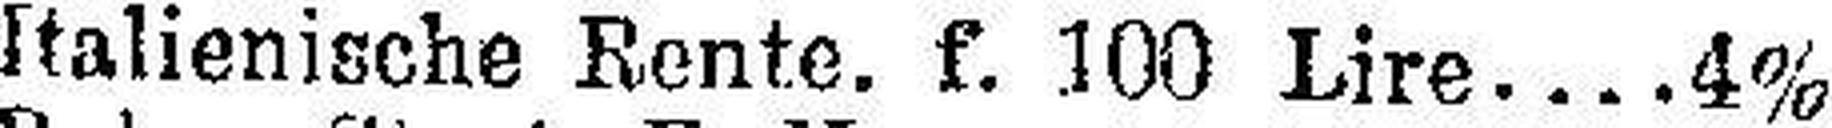
Italienische Rente. f. 100 Lire 4%